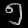
Digit: ၅